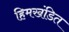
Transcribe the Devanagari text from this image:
हिमखंडित